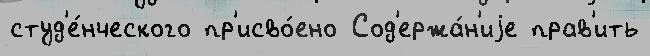
студ'е́нческого пр'исво́ено Сод'ержа́н'иjе прав'ить